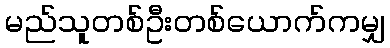
မည်သူတစ်ဦးတစ်ယောက်ကမျှ